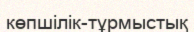
көпшілік-тұрмыстық